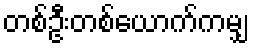
တစ်ဦးတစ်ယောက်ကမျှ